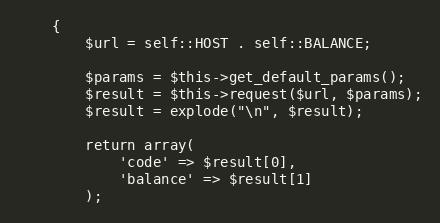
Language: PHP
    {
        $url = self::HOST . self::BALANCE;

        $params = $this->get_default_params();
        $result = $this->request($url, $params);
        $result = explode("\n", $result);

        return array(
            'code' => $result[0],
            'balance' => $result[1]
        );